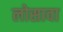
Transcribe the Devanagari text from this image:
लोसावा